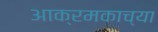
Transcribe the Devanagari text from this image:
आक्रमकाच्या